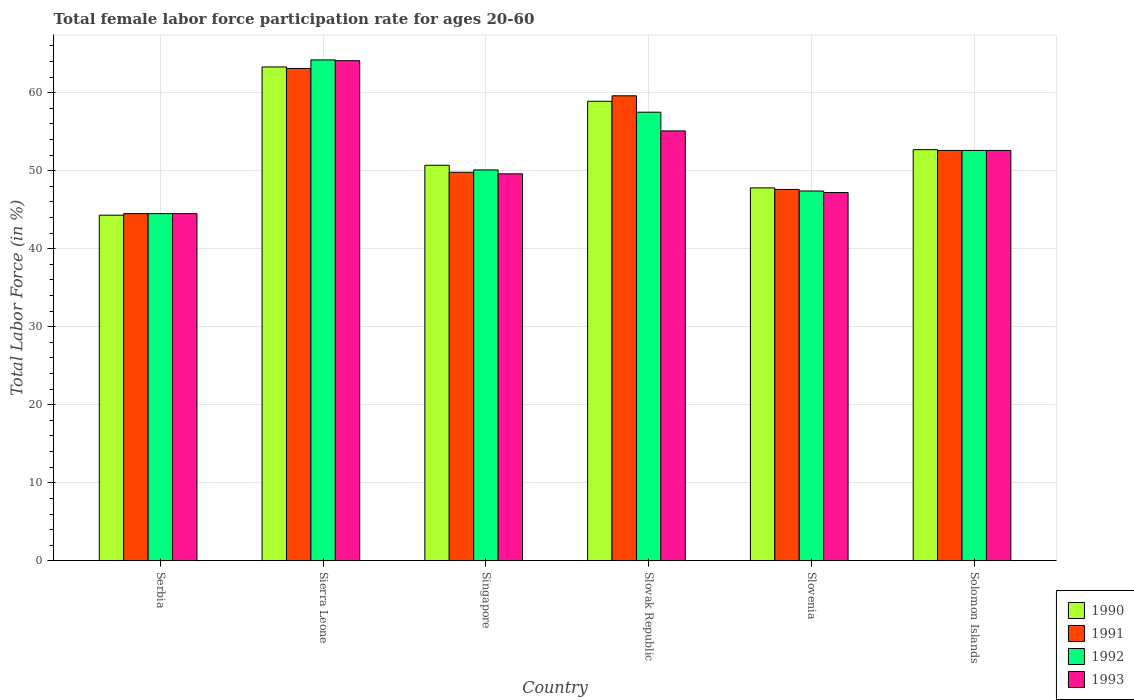
| Country | 1990 | 1991 | 1992 | 1993 |
 | --- | --- | --- | --- | --- |
 | Serbia | 44.3 | 44.5 | 44.5 | 44.5 |
 | Sierra Leone | 63.3 | 63.1 | 64.2 | 64.1 |
 | Singapore | 50.7 | 49.8 | 50.1 | 49.6 |
 | Slovak Republic | 58.9 | 59.6 | 57.5 | 55.1 |
 | Slovenia | 47.8 | 47.6 | 47.4 | 47.2 |
 | Solomon Islands | 52.7 | 52.6 | 52.6 | 52.6 |